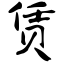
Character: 赁